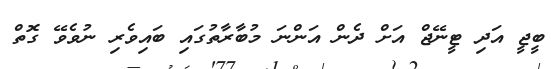
ބީޖީ އަދި ޓީނޭޖް އަށް ދެން އަންނަ މުބާރާތުގައި ބައިވެރި ނުވެވޭ ގޮތް